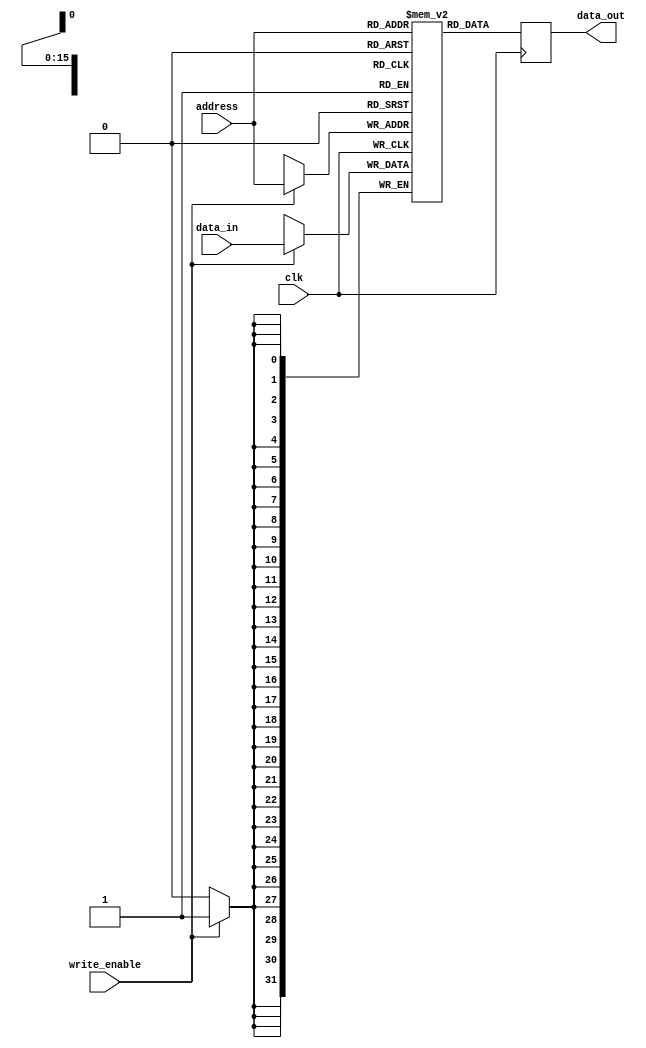
//
// verilog that synthesizes to Single Port RAM
//

`default_nettype none
`define DBG
`define INFO

module SPBRAM #(
    parameter ADDRESS_BITWIDTH = 16,
    parameter DATA_BITWIDTH = 32
) (
    input wire clk,
    input wire write_enable,
    input wire [ADDRESS_BITWIDTH-1:0] address,
    output reg [DATA_BITWIDTH-1:0] data_out,
    input wire [DATA_BITWIDTH-1:0] data_in
);

  reg [DATA_BITWIDTH-1:0] data[2**ADDRESS_BITWIDTH-1:0];

  always @(posedge clk) begin
    if (write_enable == 1) begin
      data[address] <= data_in;
    end
    data_out <= data[address];
  end

endmodule

`undef DBG
`undef INFO
`default_nettype wire